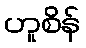
ဟူစိန်